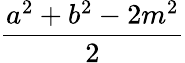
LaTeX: \frac{a^{2}+b^{2}-2m^{2}}{2}